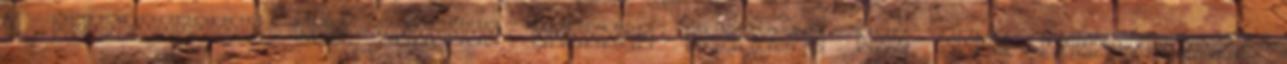
a beszélőkéje, így értékes infókat tudhatsz meg róla értesülhetsz